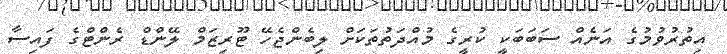
އިތުރުވުމުގެ އަނެއް ސަބަބަކީ ކުރީގެ މުއްދަތުތަކަށް ލިބެންޖެހޭ ޓޫރިޒަމް ލޭންޑް ރެންޓްގެ ފައިސާ